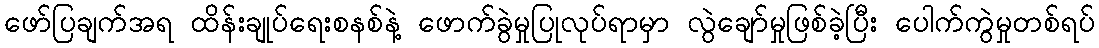
ဖော်ပြချက်အရ ထိန်းချုပ်ရေးစနစ်နဲ့ ဖောက်ခွဲမှုပြုလုပ်ရာမှာ လွဲချော်မှုဖြစ်ခဲ့ပြီး ပေါက်ကွဲမှုတစ်ရပ်